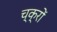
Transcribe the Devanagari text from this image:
च्क्रों